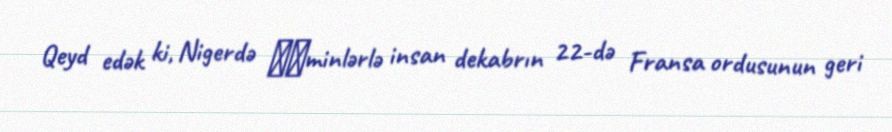
Qeyd edək ki, Nigerdə ​​minlərlə insan dekabrın 22-də Fransa ordusunun geri